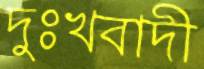
দুঃখবাদী